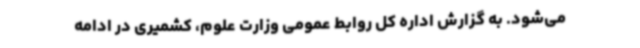
می‌شود. به گزارش اداره کل روابط عمومی وزارت علوم، کشمیری در ادامه